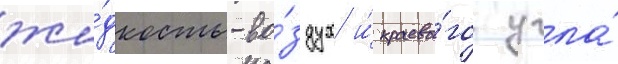
жи́дкость-во́здух и́ краево́го угла́